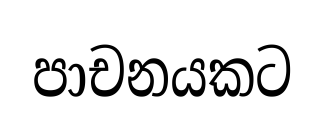
පාචනයකට